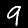
Digit: 9